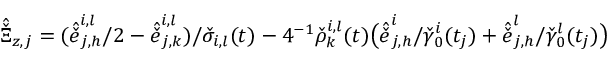
\hat { \check { \Xi } } _ { z , j } = ( \hat { \check { e } } _ { j , h } ^ { i , l } / 2 - \hat { \check { e } } _ { j , k } ^ { i , l } ) / \check { \sigma } _ { i , l } ( t ) - 4 ^ { - 1 } \check { \rho } _ { k } ^ { i , l } ( t ) \big ( \hat { \check { e } } _ { j , h } ^ { i } / \check { \gamma } _ { 0 } ^ { i } ( t _ { j } ) + \hat { \check { e } } _ { j , h } ^ { l } / \check { \gamma } _ { 0 } ^ { l } ( t _ { j } ) \big )